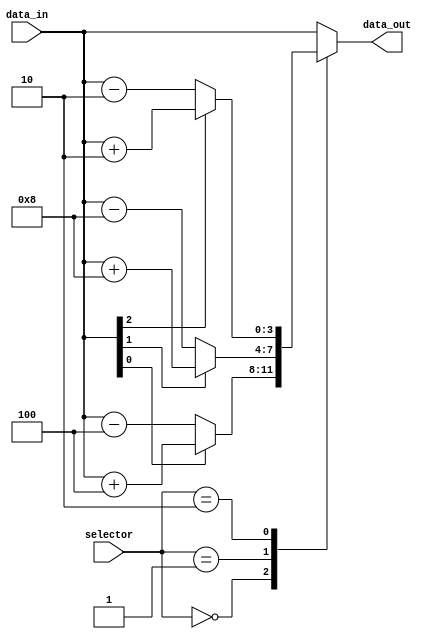
module case_example(input [1:0] selector,
                     input [3:0] data_in,
                     output reg [3:0] data_out);

   always @*
   begin
      case (selector)
         2'b00: // Case when selector is 00
            if (data_in[0] == 1)
               data_out = data_in + 4;
            else
               data_out = data_in - 4;
         2'b01: // Case when selector is 01
            if (data_in[1] == 1)
               data_out = data_in + 8;
            else
               data_out = data_in - 8;
         2'b10: // Case when selector is 10
            if (data_in[2] == 1)
               data_out = data_in + 2;
            else
               data_out = data_in - 2;
         default: // Default case
            data_out = data_in;
      endcase
   end

endmodule